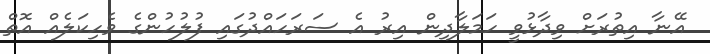
އޭނާ އިތުރަށް ވިދާޅުވީ ހަމަލާދިން އިރު އެ ސަރަހައްދުގައި ފުލުހުންގެ ވެހިކަލެއް އޮތް